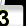
Digit: 3